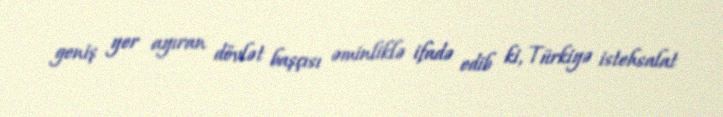
geniş yer ayıran dövlət başçısı əminliklə ifadə edib ki, Türkiyə istehsalat